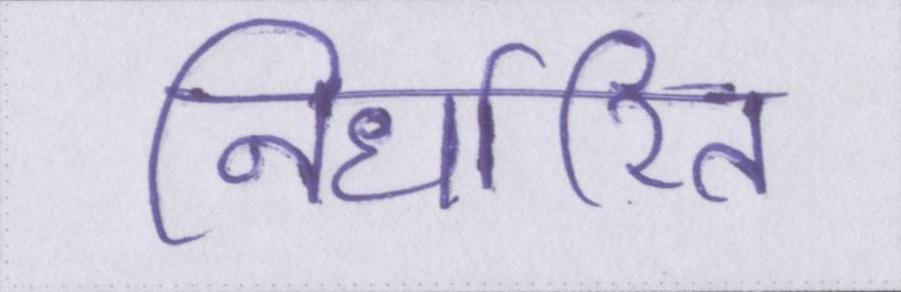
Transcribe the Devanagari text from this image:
निर्धारित